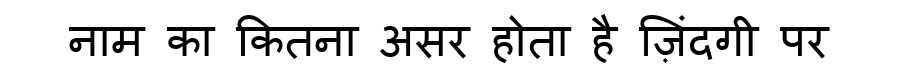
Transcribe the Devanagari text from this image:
नाम का कितना असर होता है ज़िंदगी पर